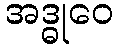
အဒ္ဓုဝေ